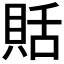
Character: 𧵳